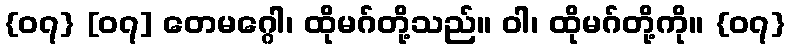
{၀၇} [၀၇] တေမဂ္ဂေါ၊ ထိုမဂ်တို့သည်။ ဝါ၊ ထိုမဂ်တို့ကို။ {၀၇}